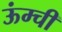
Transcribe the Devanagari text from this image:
ऊंम्ची